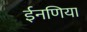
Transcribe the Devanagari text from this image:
ईनणिया